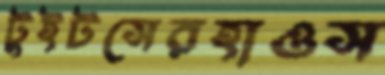
টুইটসেরহাওস